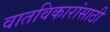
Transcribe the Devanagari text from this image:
वातविकारांसाठी